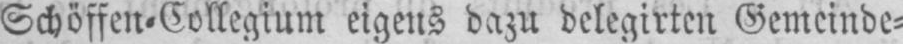
Schöffen⸗Collegium eigens dazu delegirten Gemeinde⸗